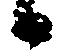
候